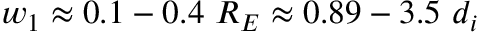
w _ { 1 } \approx 0 . 1 - 0 . 4 \ R _ { E } \approx 0 . 8 9 - 3 . 5 \ d _ { i }